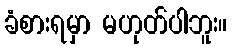
ခံစားရမှာ မဟုတ်ပါဘူး။